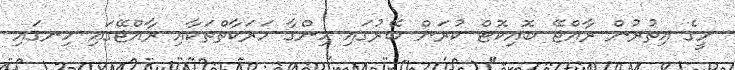
މީގެ އިތުރުން ރާއްޖޭ ބޮއިކޮޓް ކުރަން ބޭރުގައި ހިންގާ ހަރަކާތްތަކާއި ރާއްޖޭގައި ހިނގައި